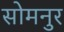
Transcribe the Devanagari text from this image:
सोमनुर